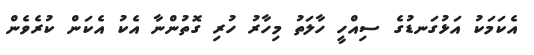
އެކަމަކު އަޅުގަނޑުގެ ސިއްހީ ހާލަތު މިހާރު ހުރި ގޮތުންނާ އެކު އެކަން ކުރެވެން